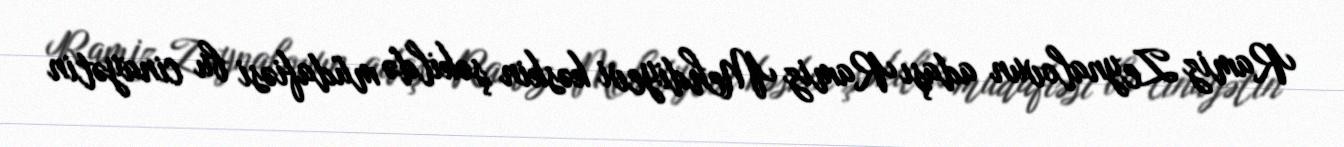
Ramiz Zeynalovun adaşı Ramiz Mehdiyevi kəskin şəkildə müdafiəsi bu cinayətin